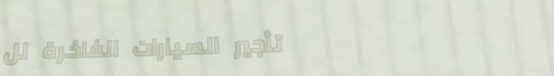
تأجير السيارات الفاخرة لل